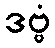
ဒဗ္ဗံ